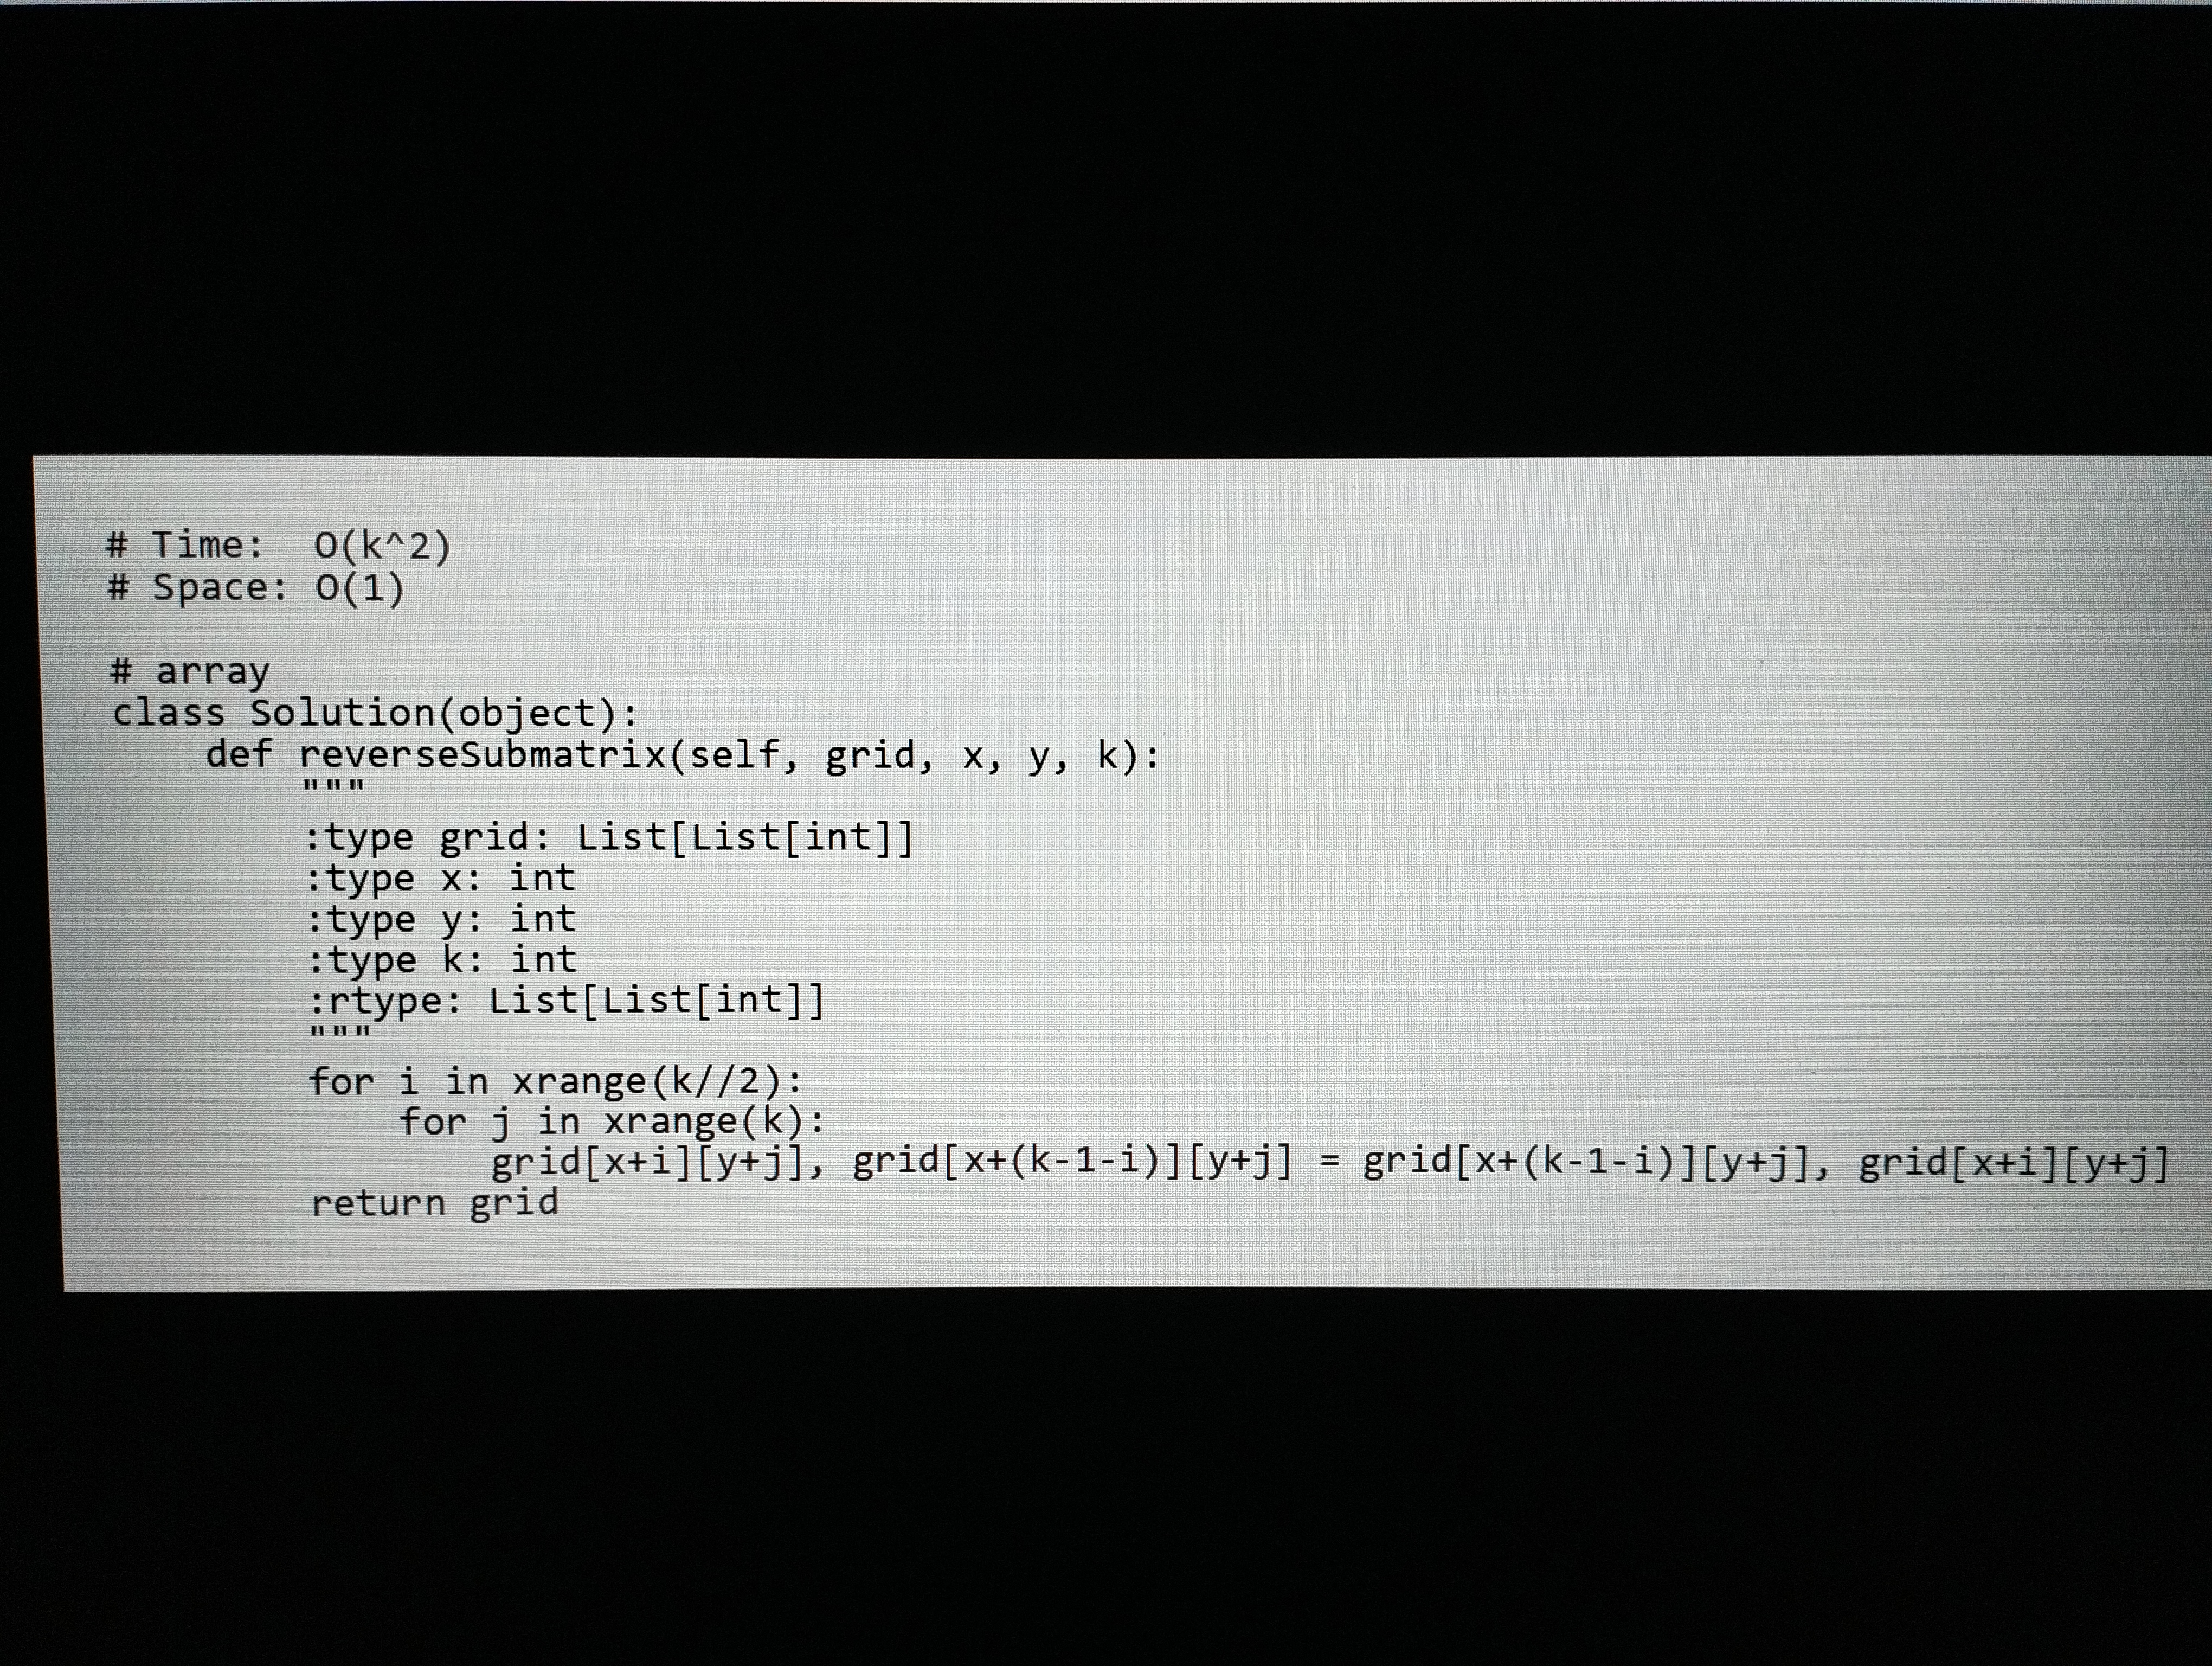
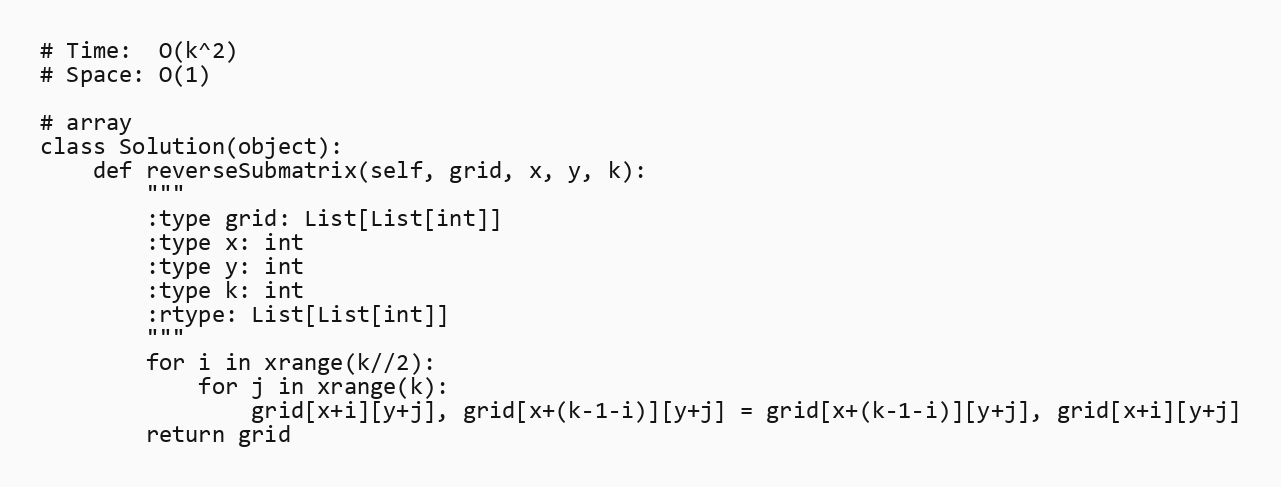
# Time:  O(k^2)
# Space: O(1)

# array
class Solution(object):
    def reverseSubmatrix(self, grid, x, y, k):
        """
        :type grid: List[List[int]]
        :type x: int
        :type y: int
        :type k: int
        :rtype: List[List[int]]
        """
        for i in xrange(k//2):
            for j in xrange(k):
                grid[x+i][y+j], grid[x+(k-1-i)][y+j] = grid[x+(k-1-i)][y+j], grid[x+i][y+j]
        return grid